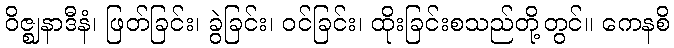
ဝိဇ္ဈနာဒီနံ၊ ဖြတ်ခြင်း၊ ခွဲခြင်း၊ ဝင်ခြင်း၊ ထိုးခြင်းစသည်တို့တွင်။ ကေနစိ